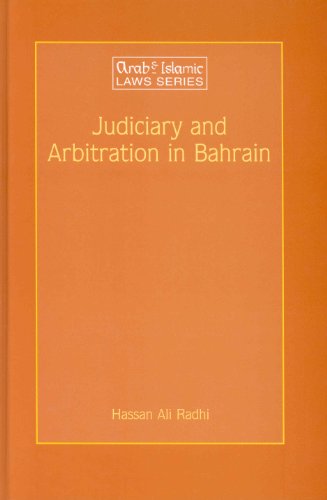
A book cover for Judiciary and Arbitration in Bahrain: Historical and Analytical Study (Arab and Islamic Laws Series) (Arab & Islamic Laws Series); Law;